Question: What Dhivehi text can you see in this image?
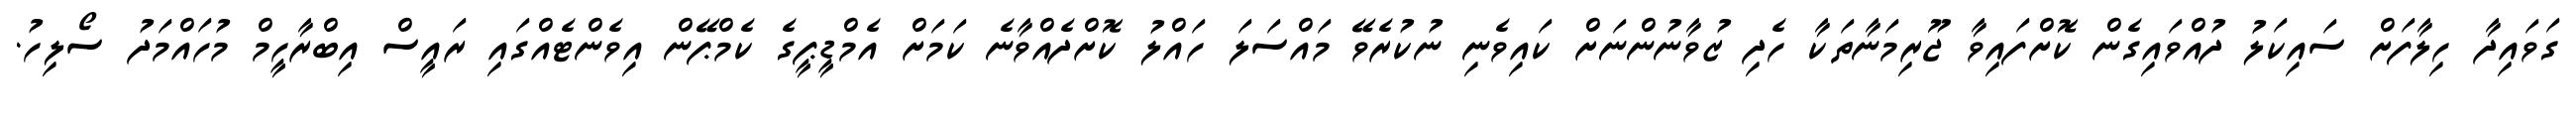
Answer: ގަވައިދާ ހިލާފަށް ސައިކަލު ދުއްވައިގެން ކޮށްފައިވާ ޖޫރިމަނާތަކާ ހެދި ޒުވާނުންނަށް ކައިވެނި ނުކުރެވޭ މައްސަލަ ހައްލު ކޮށްދެއްވާނެ ކަމަށް އެމްޑީޕީގެ ކެމްޕޭން އިވެންޓެއްގައި ރައީސް އިބްރާހީމް މުހައްމަދު ސޯލިހު.